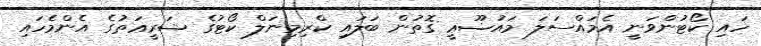
ހައި ކޯޓުންވަނީ އެމައްސަލަ މައުޟޫޢީ ގޮތުން ބަލައި ކްރިމިނަލް ކޯޓުގެ ޝަރީޢަތުގެ އެންމެހައި